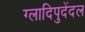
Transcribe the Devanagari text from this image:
ग्लादिपुदेंदल